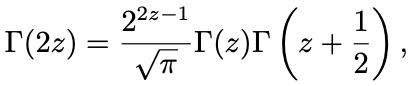
\[
\Gamma(2z)=\frac{2^{2z - 1}}{\sqrt{\pi}}\Gamma(z)\Gamma\left(z+\frac{1}{2}\right),
\]